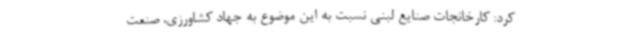
کرد: کارخانجات صنایع لبنی نسبت به این موضوع به جهاد کشاورزی، صنعت